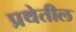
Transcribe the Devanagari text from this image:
प्रथेतील